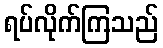
ရပ်လိုက်ကြသည်